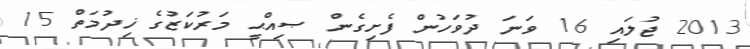
2013 ޖުލައި 16 ވަނަ ދުވަހުން ފެށިގެން ޞިއްޙީ މަރުކަޒުގެ ޚިދުމަތް 15